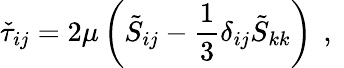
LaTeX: \check{\tau}_{ij}=2\mu\left(\tilde{S}_{ij}-\frac{1}{3}\delta_{ij}\tilde{S}_{kk}\right)\, \mathrm{~,~}